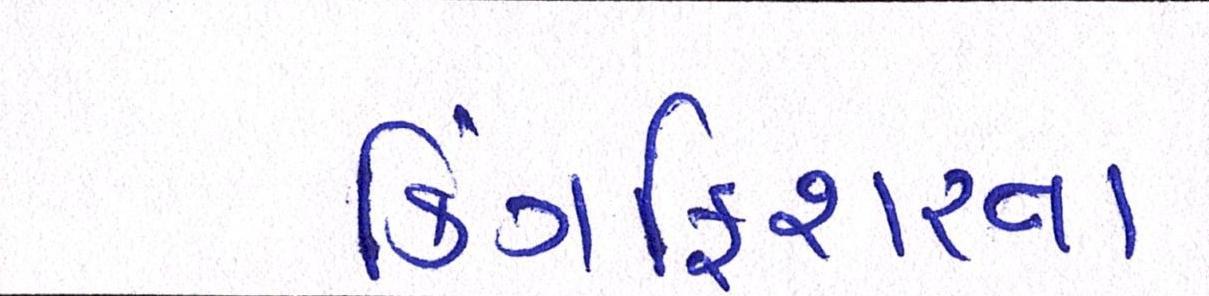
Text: કિંગફિશરના